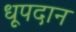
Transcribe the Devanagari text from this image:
धूपदान